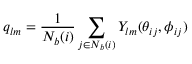
q _ { l m } = \frac { 1 } { N _ { b } ( i ) } \sum _ { j \in N _ { b } ( i ) } Y _ { l m } ( \theta _ { i j } , \phi _ { i j } )